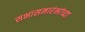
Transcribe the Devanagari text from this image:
सभासमारंभांच्या